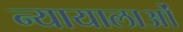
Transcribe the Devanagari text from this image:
न्यायालाओं